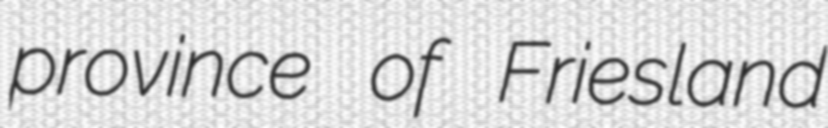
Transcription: province of Friesland